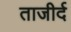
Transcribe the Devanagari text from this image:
ताजीर्द